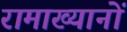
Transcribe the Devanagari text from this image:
रामाख्यानों